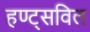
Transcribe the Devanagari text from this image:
हण्ट्सविल